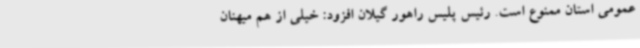
عمومی استان ممنوع است. رئیس پلیس راهور گیلان افزود: خیلی از هم میهنان